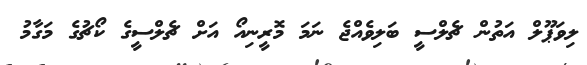
ލިވަޕޫލް އަތުން ޗެލްސީ ބަލިވެއްޖެ ނަމަ މޮރީނިއޯ އަށް ޗެލްސީގެ ކޯޗުގެ މަގާމު